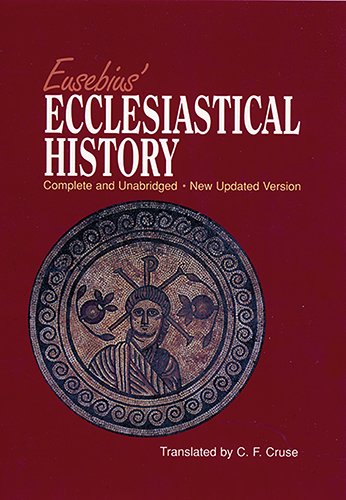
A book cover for Eusebius' Ecclesiastical History: Complete and Unabridged; C. F. Cruse; Reference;